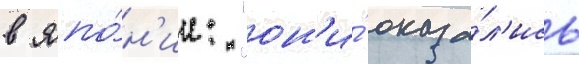
в япо́н'ии: "он'и́ оказа́л'ись